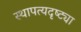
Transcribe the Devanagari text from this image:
स्थापत्यदृष्ट्या